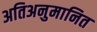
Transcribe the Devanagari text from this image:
अतिअनुमानित